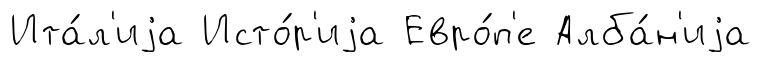
Ита́л'иjа Исто́р'иjа Евро́п'е Алба́н'иjа